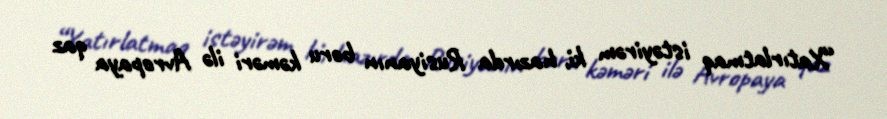
“Xatırlatmaq istəyirəm ki, hazırda Rusiyanın boru kəməri ilə Avropaya qaz